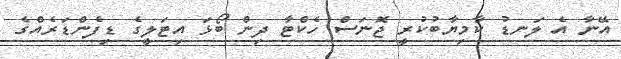
އޭނާ އެ ލަނޑު ކާމިޔާބުކުރީ ޖޮނަސް ހެކްޓާ ދިން ބޯޅަ އިޓަލީގެ ޑިފެންޑަރެއްގެ